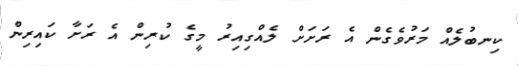
ކިނބުލެއް މަރުވެގެން އެ ރަށަށް ލެއްގިއިރު މީގެ ކުރިން އެ ރަށާ ކައިރިން